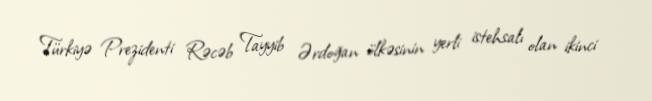
Türkiyə Prezidenti Rəcəb Tayyib Ərdoğan ölkəsinin yerli istehsalı olan ikinci